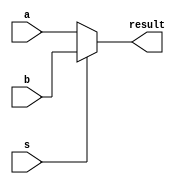
`timescale 1ns / 1ps
//////////////////////////////////////////////////////////////////////////////////
// Company: 
// Engineer: 
// 
// Design Name: 
// Module Name: mux2_1
// Project Name: 
// Target Devices: 
// Tool Versions: 
// Description: 
// 
// Dependencies: 
// 
// Revision:
// Revision 0.01 - File Created
// Additional Comments:
// 
//////////////////////////////////////////////////////////////////////////////////


module mux2_1(a,b,s,result);
input [31:0]a,b;
input s;
output [31:0] result;

assign result = s ? b : a ;

endmodule